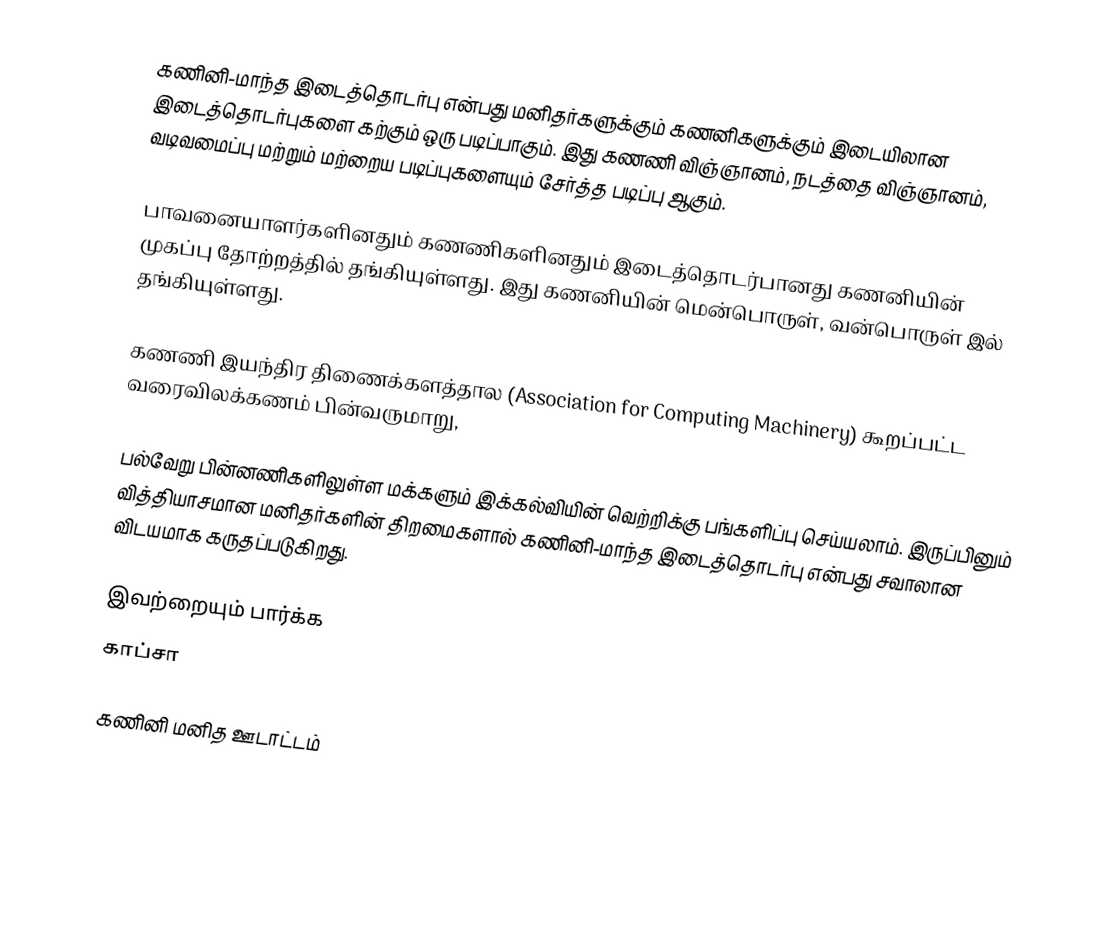
கணினி-மாந்த இடைத்தொடர்பு என்பது மனிதர்களுக்கும் கணனிகளுக்கும் இடையிலான இடைத்தொடர்புகளை கற்கும் ஒரு படிப்பாகும். இது கணணி விஞ்ஞானம், நடத்தை விஞ்ஞானம், வடிவமைப்பு மற்றும் மற்றைய படிப்புகளையும் சேர்த்த படிப்பு ஆகும்.

பாவனையாளர்களினதும் கணணிகளினதும் இடைத்தொடர்பானது கணனியின் முகப்பு தோற்றத்தில்  தங்கியுள்ளது. இது கணனியின் மென்பொருள், வன்பொருள் இல் தங்கியுள்ளது.

கணணி இயந்திர திணைக்களத்தால (Association for Computing Machinery) கூறப்பட்ட வரைவிலக்கணம் பின்வருமாறு,

பல்வேறு பின்னணிகளிலுள்ள மக்களும் இக்கல்வியின் வெற்றிக்கு பங்களிப்பு செய்யலாம். இருப்பினும் வித்தியாசமான மனிதர்களின் திறமைகளால் கணினி-மாந்த இடைத்தொடர்பு என்பது சவாலான விடயமாக கருதப்படுகிறது.

இவற்றையும் பார்க்க
 காப்சா

கணினி மனித ஊடாட்டம்